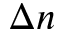
\Delta n